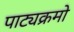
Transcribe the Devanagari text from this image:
पाट्यक्रमो